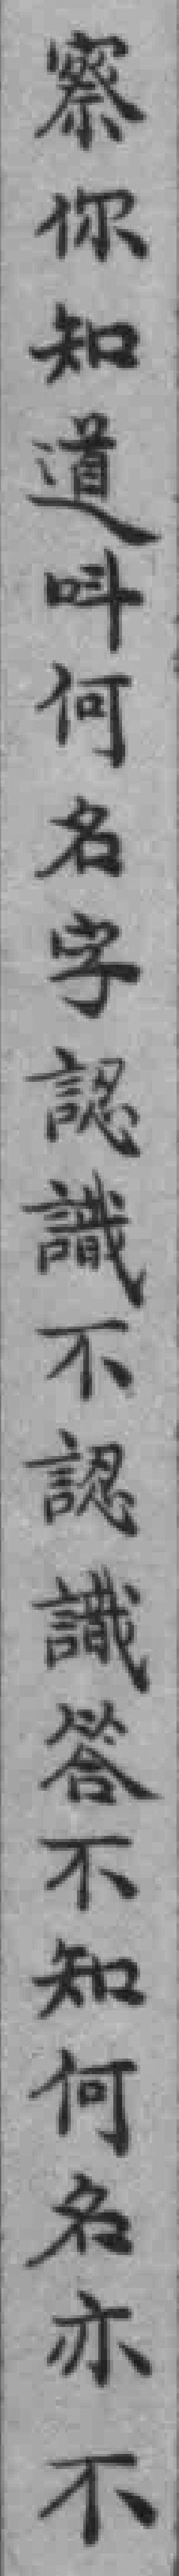
察你知道叫何名字認識不認識答不知何名亦不